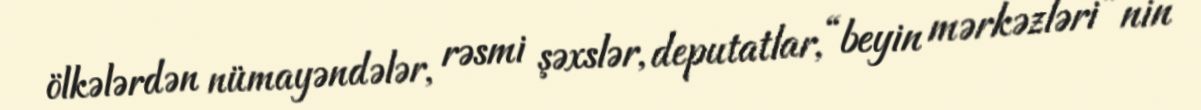
ölkələrdən nümayəndələr, rəsmi şəxslər, deputatlar, “beyin mərkəzləri”nin